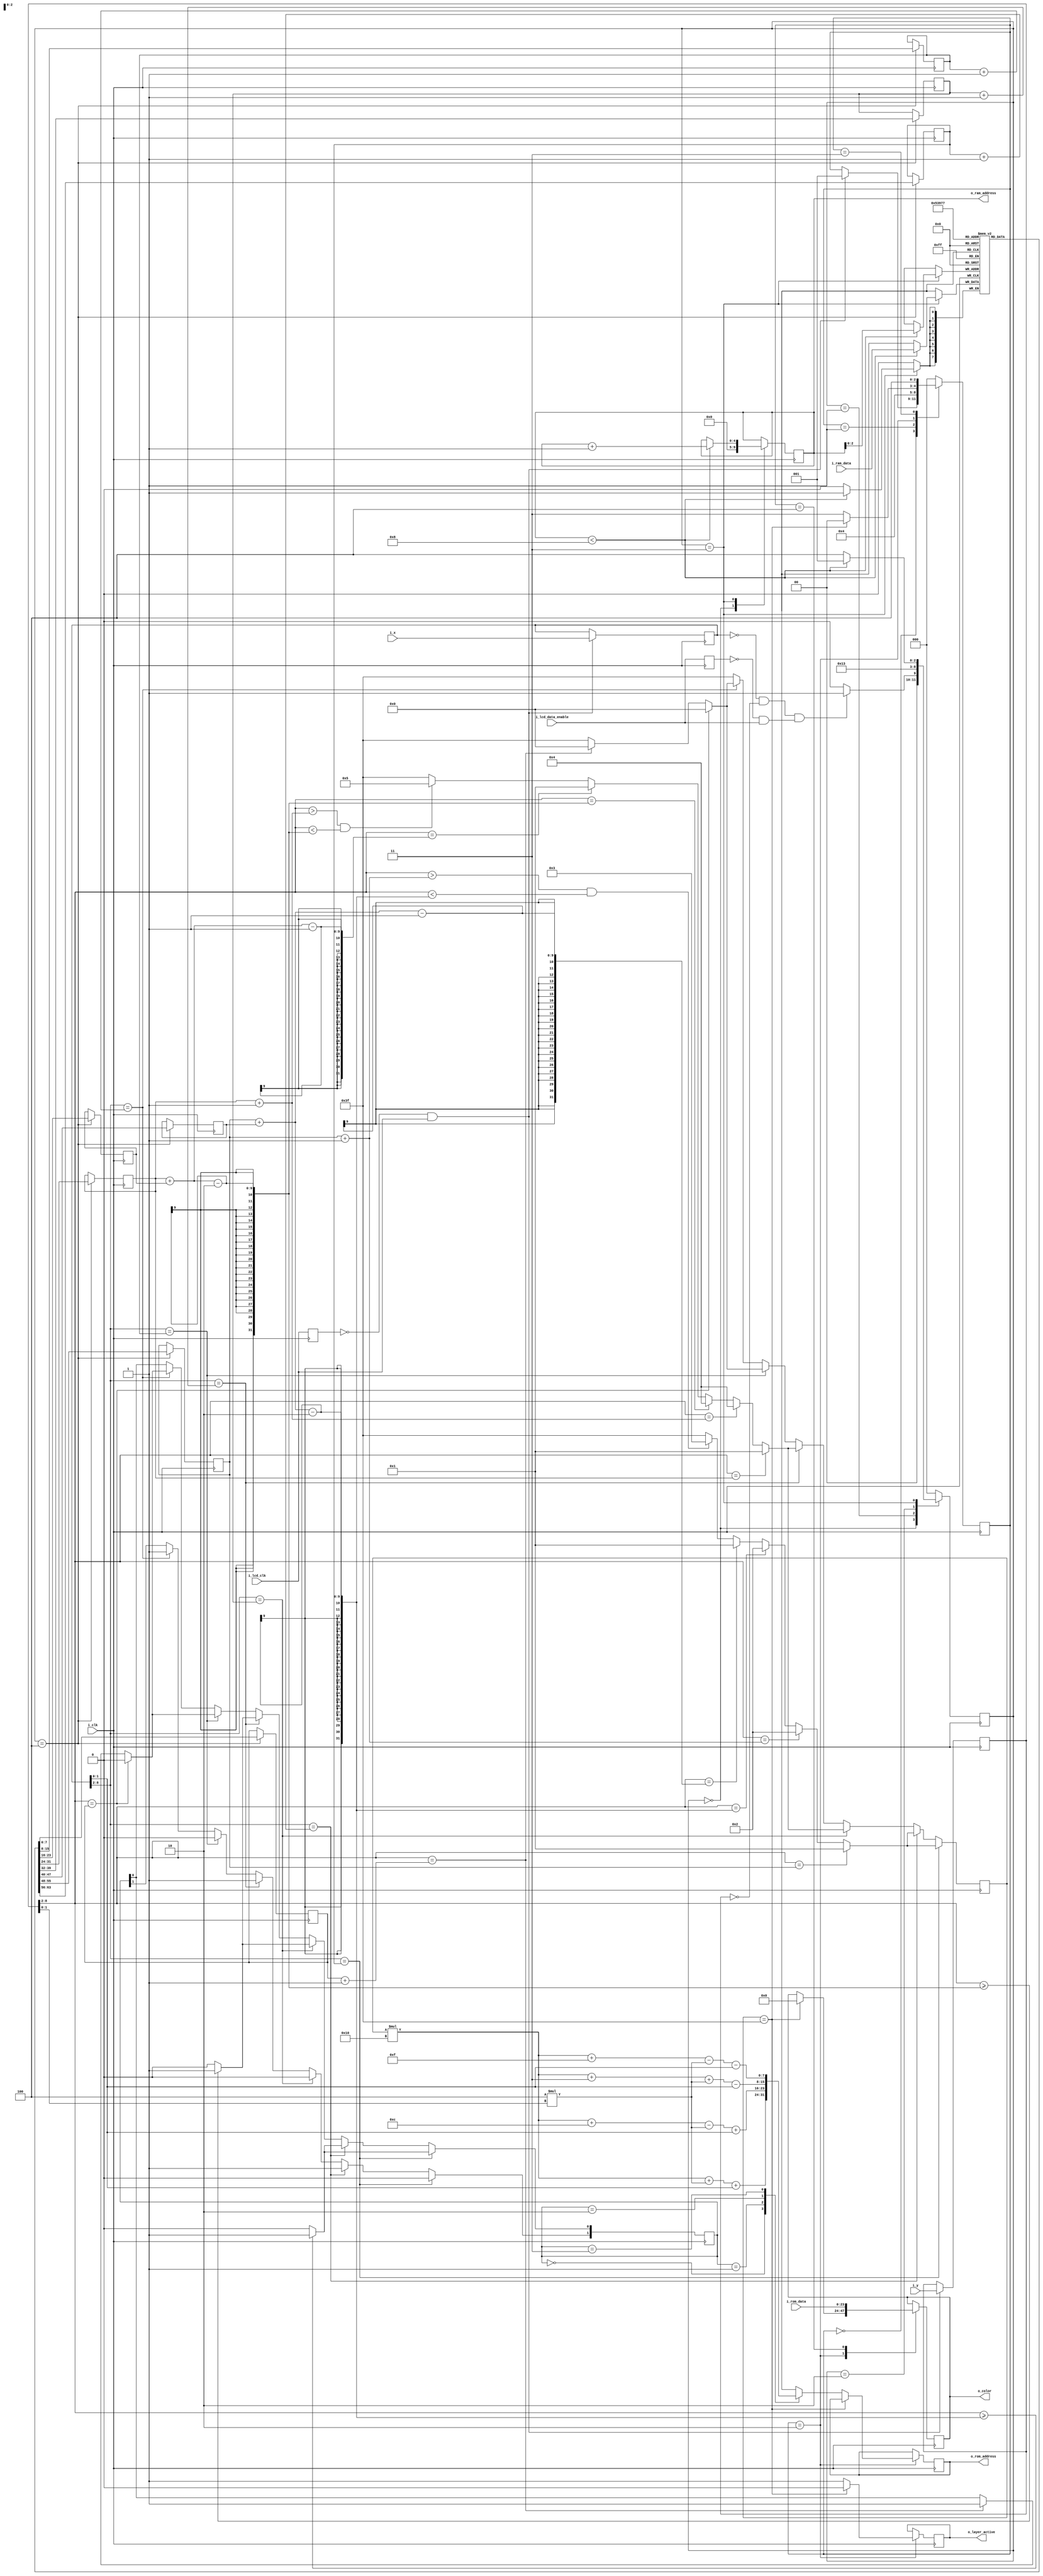
module layer1 (
	input i_clk,
	input i_lcd_clk,
	input i_lcd_data_enable,
	input [8:0] i_x,
	input [8:0] i_y,
	input [23:0] i_rom_data,
	input [7:0] i_ram_data,
	output [7:0] o_rom_address,
	output [4:0] o_ram_address,
	output [23:0] o_color,
	output o_layer_active
);

localparam IDLE = 3'b000;
localparam WAIT = 3'b001;
localparam CALC_ADDRESS = 3'b010;
localparam WAIT_DATA = 3'b011;
localparam END = 3'b100;

//localparam IDLE = 3'b000;
localparam WRITE_ADDRESS = 3'b001;
localparam WAIT_RAM = 3'b010;
localparam READ_RAM = 3'b011;
//localparam END = 3'b100;

localparam mirrorNO = 2'b00;
localparam mirrorH = 2'b01;
localparam mirrorV = 2'b10;
localparam mirrorVH = 2'b11;

reg [5:0] r_tile;

reg [7:0] r_rom_address;
reg [4:0] r_ram_address;
reg [23:0] r_color = 24'd0;
reg [7:0] r_ram_data [7:0];
wire w_lcd_rising_edge;
reg r_lcd_clk_last;

wire w_lcd_data_enable_rising_edge;
reg r_lcd_data_enable_last;

reg [8:0] r_x;
reg [8:0] r_y;
reg [2:0] r_state = IDLE;
reg [2:0] r_state_ram = IDLE;
reg r_layer_active;
reg [1:0] r_rotate;

reg [7:0] r_player1_x = 1;
reg [7:0] r_player1_y = 10;
reg [7:0] r_player1_h = 20;
reg [7:0] r_player2_x = 117;
reg [7:0] r_player2_y = 15;
reg [7:0] r_player2_h = 25;
reg [7:0] r_ball_x = 50;
reg [7:0] r_ball_y = 30;	
	
	always @ (posedge i_clk)
	begin
		if(w_lcd_rising_edge)
		begin
			r_x <= i_x;
			r_y <= i_y;
		end
		else
		begin
			r_x <= r_x;
			r_y <= r_y;
		end
		
		r_lcd_clk_last <= i_lcd_clk;
		r_lcd_data_enable_last <= i_lcd_data_enable;
	end
	
	always @ (posedge i_clk)
	begin
		case(r_state_ram)
			IDLE:
			begin
				r_ram_address <= 5'b0;
				if(r_x == 0 && r_y == 0 && w_lcd_data_enable_rising_edge) r_state_ram <= WRITE_ADDRESS;
				else r_state_ram <= IDLE;
			end
			WRITE_ADDRESS:
			begin
				r_ram_address <= r_ram_address;
				r_state_ram <= WAIT_RAM;
			end
			WAIT_RAM:
			begin
				r_state_ram <= READ_RAM;
			end
			READ_RAM:
			begin
				if(r_ram_address < 8)
				begin
					r_ram_data[r_ram_address] <= i_ram_data;
					r_ram_address <= r_ram_address + 1;
					r_state_ram <= WRITE_ADDRESS;
				end
				else r_state_ram <= END;
			end
			END:
			begin
				r_player1_x <= r_ram_data[0];
				r_player1_y <= r_ram_data[1];
				r_player1_h <= r_ram_data[2];
				r_player2_x <= r_ram_data[3];
				r_player2_y <= r_ram_data[4];
				r_player2_h <= r_ram_data[5];
				r_ball_x <= r_ram_data[6];
				r_ball_y <= r_ram_data[7];
				r_state_ram <= IDLE;
			end
			
			default: r_state_ram <= IDLE;
		endcase
	end
	
	
	
	always @(posedge i_clk)
	begin
		case(r_state)
		IDLE:
		begin
			if(w_lcd_rising_edge) 
			begin
				r_state <= WAIT;
			end 
		end
		
		WAIT:
		begin
			r_state <= CALC_ADDRESS;
		end
		
		CALC_ADDRESS:
		begin
			if(r_tile == 6'b111111) 
			begin
				r_layer_active <= 1'b0;
				r_color <= 24'd0;
				r_state <= IDLE;
			end
			else
			begin
				r_layer_active <= 1'b1;
				case(r_rotate)
				mirrorNO: r_rom_address <= (r_tile * 16) + 4 * r_y[1:0] + r_x[1:0];
				mirrorH: r_rom_address <= (r_tile * 16 + 12) - 4 * r_y[1:0] + r_x[1:0];
				mirrorV: r_rom_address <= (r_tile * 16 + 3) + 4* r_y[1:0] - r_x[1:0];
				mirrorVH: r_rom_address <= (r_tile * 16 + 15) - 4 * r_y[1:0] - r_x[1:0];
				default: r_rom_address <= (r_tile * 16) + 4 * r_y[1:0] + r_x[1:0];
				endcase
				r_state <= WAIT_DATA;
			end
	
		end
		
		WAIT_DATA:
		begin
			r_state <= END;
		end
		
		END:
		begin
			r_color <= i_rom_data;
			r_state <= IDLE;
		end
		
		default: r_state <= IDLE;
		endcase
	end

	always @ (posedge i_clk)
	begin
		if(r_x[8:2] == r_player1_x)
		begin
			r_rotate[1] <= 0;
			r_rotate[0] = (r_y[8:2] >= r_player1_y + r_player1_h - 2) ? 1 : 0;
			
			case(r_y[8:2])
				r_player1_y: r_tile <= 6'd1;
				r_player1_y + 1: r_tile <= 6'd2;
				r_player1_y + r_player1_h - 2: r_tile <= 6'd2;
				r_player1_y + r_player1_h - 1: r_tile <= 6'd1;
				default:
				begin
					if(r_y[8:2] > r_player1_y + 1 && r_y[8:2] < r_player1_y + r_player1_h - 2) r_tile <= 6'd3;
					else r_tile <= 6'b111111;
				end
			endcase
		end
		else if(r_x[8:2] == r_player1_x + 1)
		begin
			r_rotate[1] <= 1;
			r_rotate[0] = (r_y[8:2] >= r_player1_y + r_player1_h - 2) ? 1 : 0;
			
			case(r_y[8:2])
				r_player1_y: r_tile <= 6'd1;
				r_player1_y + 1: r_tile <= 6'd2;
				r_player1_y + r_player1_h - 2: r_tile <= 6'd2;
				r_player1_y + r_player1_h - 1: r_tile <= 6'd1;
				default:
				begin
					if(r_y[8:2] > r_player1_y + 1 && r_y[8:2] < r_player1_y + r_player1_h - 2) r_tile <= 6'd3;
					else r_tile <= 6'b111111;
				end
			endcase
		end
		else if(r_x[8:2] == r_player2_x)
		begin
			r_rotate[1] <= 0;
			r_rotate[0] = (r_y[8:2] >= r_player2_y + r_player2_h - 2) ? 1 : 0;
			
			case(r_y[8:2])
				r_player2_y: r_tile <= 6'd1;
				r_player2_y + 1: r_tile <= 6'd4;
				r_player2_y + r_player2_h - 2: r_tile <= 6'd4;
				r_player2_y + r_player2_h - 1: r_tile <= 6'd1;
				default:
				begin
					if(r_y[8:2] > r_player2_y + 1 && r_y[8:2] < r_player2_y + r_player2_h - 2) r_tile <= 6'd5;
					else r_tile <= 6'b111111;
				end
			endcase
		end
		else if(r_x[8:2] == r_player2_x + 1)
		begin
			r_rotate[1] <= 1;
			r_rotate[0] = (r_y[8:2] >= r_player2_y + r_player2_h - 2) ? 1 : 0;
			
			case(r_y[8:2])
				r_player2_y: r_tile <= 6'd1;
				r_player2_y + 1: r_tile <= 6'd4;
				r_player2_y + r_player2_h - 2: r_tile <= 6'd4;
				r_player2_y + r_player2_h - 1: r_tile <= 6'd1;
				default:
				begin
					if(r_y[8:2] > r_player2_y + 1 && r_y[8:2] < r_player2_y + r_player2_h - 2) r_tile <= 6'd5;
					else r_tile <= 6'b111111;
				end
			endcase
		end
		/*else if(r_x >= r_ball_x && r_y >= r_ball_y && r_x < r_ball_x + 8 && r_y < r_ball_y + 8)
		begin
			if(r_x < r_ball_x + 4 && r_y < r_ball_y + 4) r_rotate <= mirrorNO;
			else if(r_x >= r_ball_x + 4 && r_y < r_ball_y + 4) r_rotate <= mirrorV;
			else if(r_x < r_ball_x && r_y >= r_ball_y + 4) r_rotate <= mirrorH;
			else if(r_x >= r_ball_x + 4 && r_y >= r_ball_y + 4) r_rotate <= mirrorVH;
			else r_rotate <= mirrorNO;
			
			r_tile <= 6'd0;
		end
		else r_tile <= 6'b111111;
		*/
		
		
		else if(r_x[8:2] == r_ball_x)
		begin
			r_rotate[1] <= 0;
			
			if(r_y[8:2] == r_ball_y)
			begin
				r_rotate[0] <= 0;
				r_tile <= 6'd0;
			end
			else if(r_y[8:2] == r_ball_y + 1)
			begin
				r_rotate[0] <= 1;
				r_tile <= 6'd0;
			end
			else r_tile <= 6'b111111;
		end
		else if(r_x[8:2] == r_ball_x + 1)
		begin
			r_rotate[1] <= 1;
			
			if(r_y[8:2] == r_ball_y)
			begin
				r_rotate[0] <= 0;
				r_tile <= 6'd0;
			end
			else if(r_y[8:2] == r_ball_y + 1)
			begin
				r_rotate[0] <= 1;
				r_tile <= 6'd0;
			end
			else r_tile <= 6'b111111;
		end
		else r_tile <= 6'b111111;
		
	end
	
	assign w_lcd_rising_edge = ~r_lcd_clk_last && i_lcd_clk;
	assign w_lcd_data_enable_rising_edge = ~r_lcd_data_enable_last && i_lcd_data_enable;
	
	assign o_rom_address = r_rom_address;
	assign o_ram_address = r_ram_address;
	assign o_color = r_color;
	assign o_layer_active = r_layer_active;

endmodule